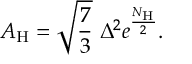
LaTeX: A _ { \mathrm { H } } = \sqrt { \frac { 7 } { 3 } } ~ \Delta ^ { 2 } e ^ { \frac { N _ { \mathrm { H } } } { 2 } } .